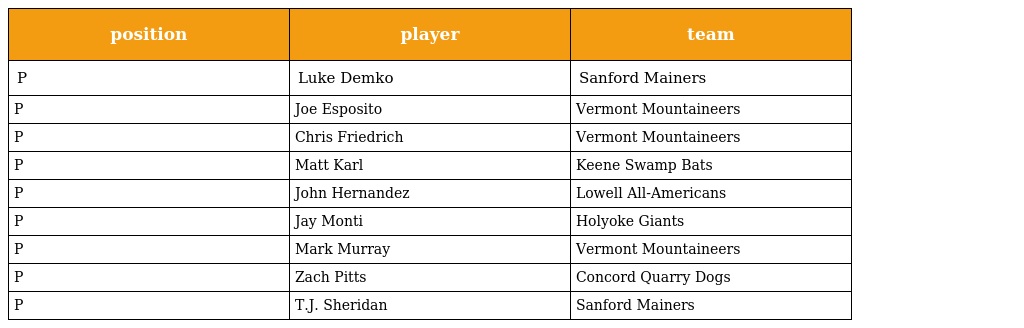
| position | player | team |
 | --- | --- | --- |
 | P | Luke Demko | Sanford Mainers |
 | P | Joe Esposito | Vermont Mountaineers |
 | P | Chris Friedrich | Vermont Mountaineers |
 | P | Matt Karl | Keene Swamp Bats |
 | P | John Hernandez | Lowell All-Americans |
 | P | Jay Monti | Holyoke Giants |
 | P | Mark Murray | Vermont Mountaineers |
 | P | Zach Pitts | Concord Quarry Dogs |
 | P | T.J. Sheridan | Sanford Mainers |